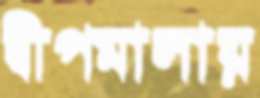
দ্বীপমালায়